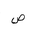
Letter: _sad